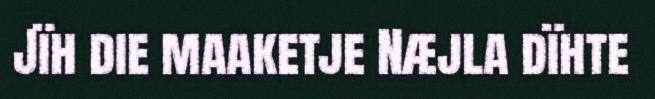
Jïh die maaketje Næjla dïhte